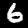
Digit: 6